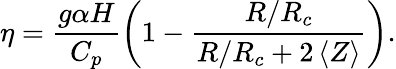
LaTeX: \eta=\frac{g\alpha H}{C_{p}}\left(1-\frac{R/R_{c}}{R/R_{c}+2\left<Z\right>}\right).